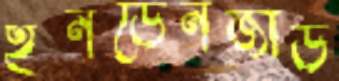
ইনডেনজার্ড